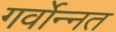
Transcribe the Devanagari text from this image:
गर्वोन्‍नत